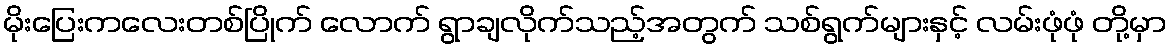
မိုးပြေးကလေးတစ်ပြိုက် လောက် ရွာချလိုက်သည့်အတွက် သစ်ရွက်များနှင့် လမ်းဖုံဖုံ တို့မှာ